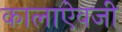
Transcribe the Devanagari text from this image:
कालाऐवजी